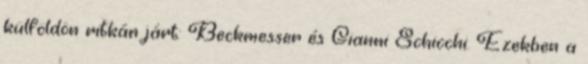
külföldön ritkán járt: Beckmesser és Gianni Schicchi. Ezekben a